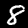
Digit: 8